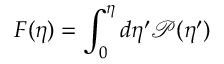
F ( \eta ) = \int _ { 0 } ^ { \eta } d \eta ^ { \prime } \mathcal { P } ( \eta ^ { \prime } )